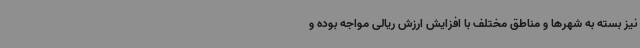
نیز بسته به شهرها و مناطق مختلف با افزایش ارزش ریالی مواجه بوده و